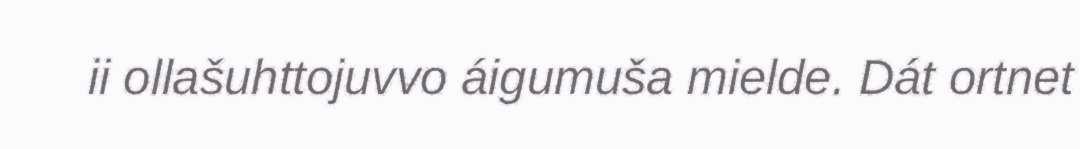
ii ollašuhttojuvvo áigumuša mielde. Dát ortnet